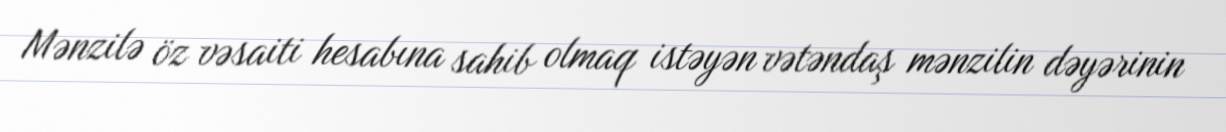
Mənzilə öz vəsaiti hesabına sahib olmaq istəyən vətəndaş mənzilin dəyərinin